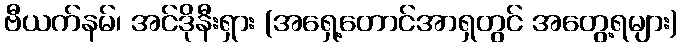
ဗီယက်နမ်၊ အင်ဒိုနီးရှား (အရှေ့တောင်အာရှတွင် အတွေ့ရများ)